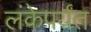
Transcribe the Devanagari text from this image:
लंकेपर्यंत